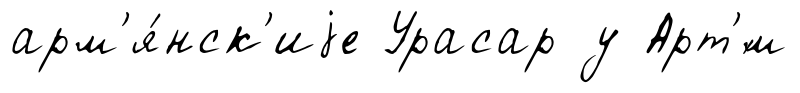
арм'я́нск'иjе Урасар у Арт'́м